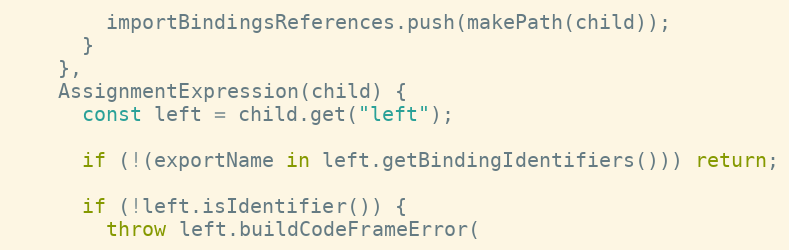
Language: JavaScript
        importBindingsReferences.push(makePath(child));
      }
    },
    AssignmentExpression(child) {
      const left = child.get("left");

      if (!(exportName in left.getBindingIdentifiers())) return;

      if (!left.isIdentifier()) {
        throw left.buildCodeFrameError(